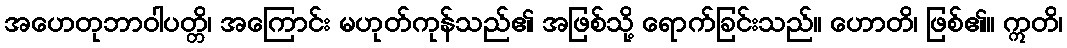
အဟေတုဘာဝါပတ္တိ၊ အကြောင်း မဟုတ်ကုန်သည်၏ အဖြစ်သို့ ရောက်ခြင်းသည်။ ဟောတိ၊ ဖြစ်၏။ ဣတိ၊